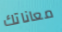
معاناتك